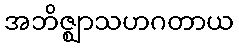
အဘိဇ္ဈာသဟဂတာယ